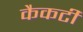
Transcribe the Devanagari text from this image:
कैकटी